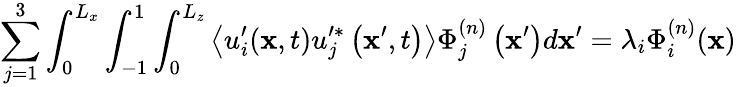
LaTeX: \sum_{j=1}^{3}\int_{0}^{L_{x}}\int_{-1}^{1}\int_{0}^{L_{z}}\left\langle u_{i}^{\prime}(\mathbf{x},t)u_{j}^{\prime*}\left(\mathbf{x}^{\prime},t\right)\right\rangle\Phi_{j}^{(n)}\left(\mathbf{x}^{\prime}\right)d\mathbf{x}^{\prime}=\lambda_{i}\Phi_{i}^{(n)}(\mathbf{x})